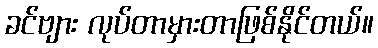
ခင်ဗျား လုပ်တာမှားတာဖြစ်နိုင်တယ်။